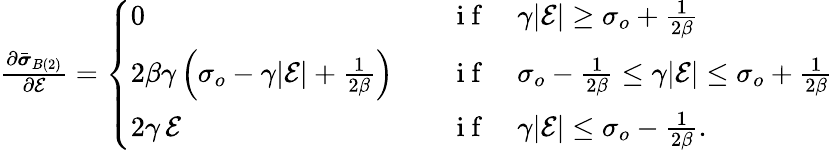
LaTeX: \begin{array}{r}{\frac{\partial\bar{\boldsymbol{\sigma}}_{B(2)}}{\partial\mathcal{E}}=\left\{ \begin{array}{ll}{0}&{\quad\mathrm{~i~f~}\quad\gamma|\mathcal{E}|\ge\sigma_{o}+\frac{1}{2\beta}}\\ {2\beta\gamma\left(\sigma_{o}-\gamma|\mathcal{E}|+\frac{1}{2\beta}\right)}&{\quad\mathrm{~i~f~}\quad\sigma_{o}-\frac{1}{2\beta}\le\gamma|\mathcal{E}|\le\sigma_{o}+\frac{1}{2\beta}}\\ {2\gamma\, \mathcal{E}}&{\quad\mathrm{~i~f~}\quad\gamma|\mathcal{E}|\le\sigma_{o}-\frac{1}{2\beta}.}\end{array}\right.}\end{array}